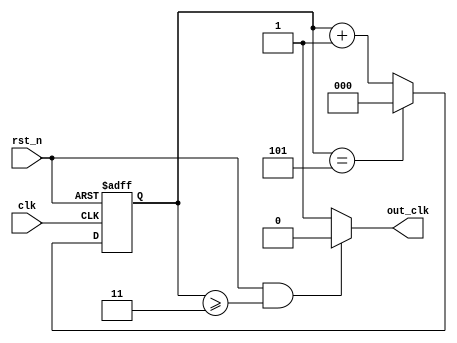
module even_clk_div_6 (
  input clk,
  input rst_n,
  output out_clk
);
  
  reg [2:0] ctr;
  
  always @(posedge clk or negedge rst_n) begin
    if(!rst_n)
      ctr <= 0;
    else if(ctr == 5)
      ctr <= 0;
    else 
      ctr <= ctr + 1;
  end
 
  assign out_clk = (rst_n & (ctr >= 3)) ? 0 : 1;
endmodule